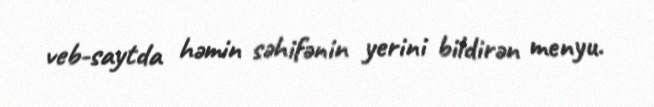
veb-saytda həmin səhifənin yerini bildirən menyu.